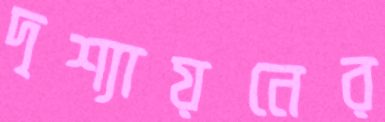
দৃশ্যায়নের